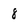
Character: 8